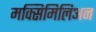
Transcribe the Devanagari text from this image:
मक्सिमिलिअन